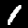
Label: 1